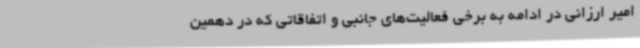
امیر ارزانی در ادامه به برخی فعالیت‌های جانبی و اتفاقاتی که در دهمین